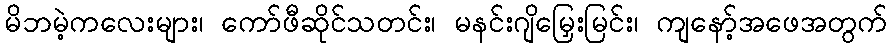
မိဘမဲ့ကလေးများ၊ ကော်ဖီဆိုင်သတင်း၊ မနင်းဂျိမြှေးမြင်း၊ ကျနော့်အဖေအတွက်